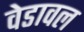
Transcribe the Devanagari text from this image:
वेडावल